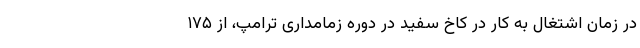
در زمان اشتغال به کار در کاخ سفید در دوره زمامداری ترامپ، از ۱۷۵